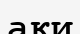
ақи